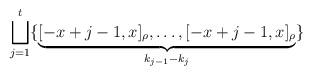
LaTeX: \begin{align*}\bigsqcup_{j=1}^t \{ \underbrace{[-x+j-1,x]_\rho, \dots, [-x+j-1,x]_\rho}_{k_{j-1}-k_j} \}\end{align*}